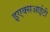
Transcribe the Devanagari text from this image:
इएक्सआईटी